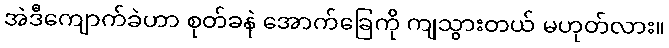
အဲဒီကျောက်ခဲဟာ စုတ်ခနဲ အောက်ခြေကို ကျသွားတယ် မဟုတ်လား။